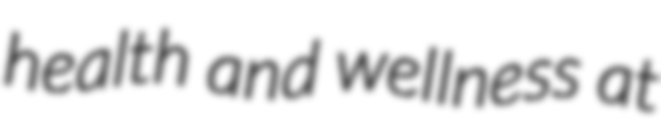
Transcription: health and wellness at